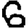
Digit: 6